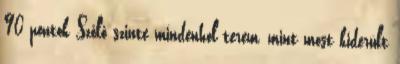
90 pontok Szőlő szinte mindenhol terem, mint most kiderült